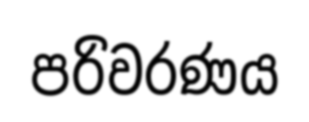
පරිවරණය